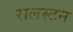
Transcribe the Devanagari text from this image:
रालस्टन